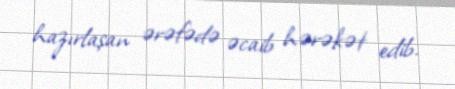
hazırlaşan ərəfədə əcaib hərəkət edib.